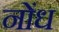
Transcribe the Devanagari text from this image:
नोंध